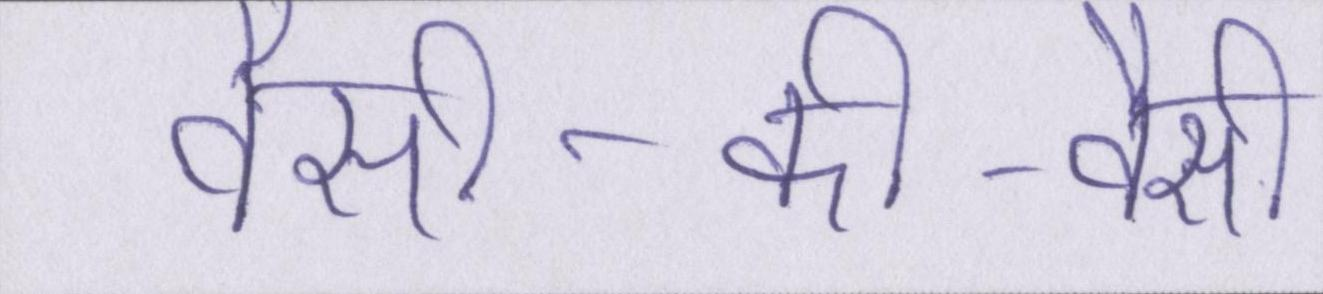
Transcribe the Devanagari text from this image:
वैसी-की-वैसी